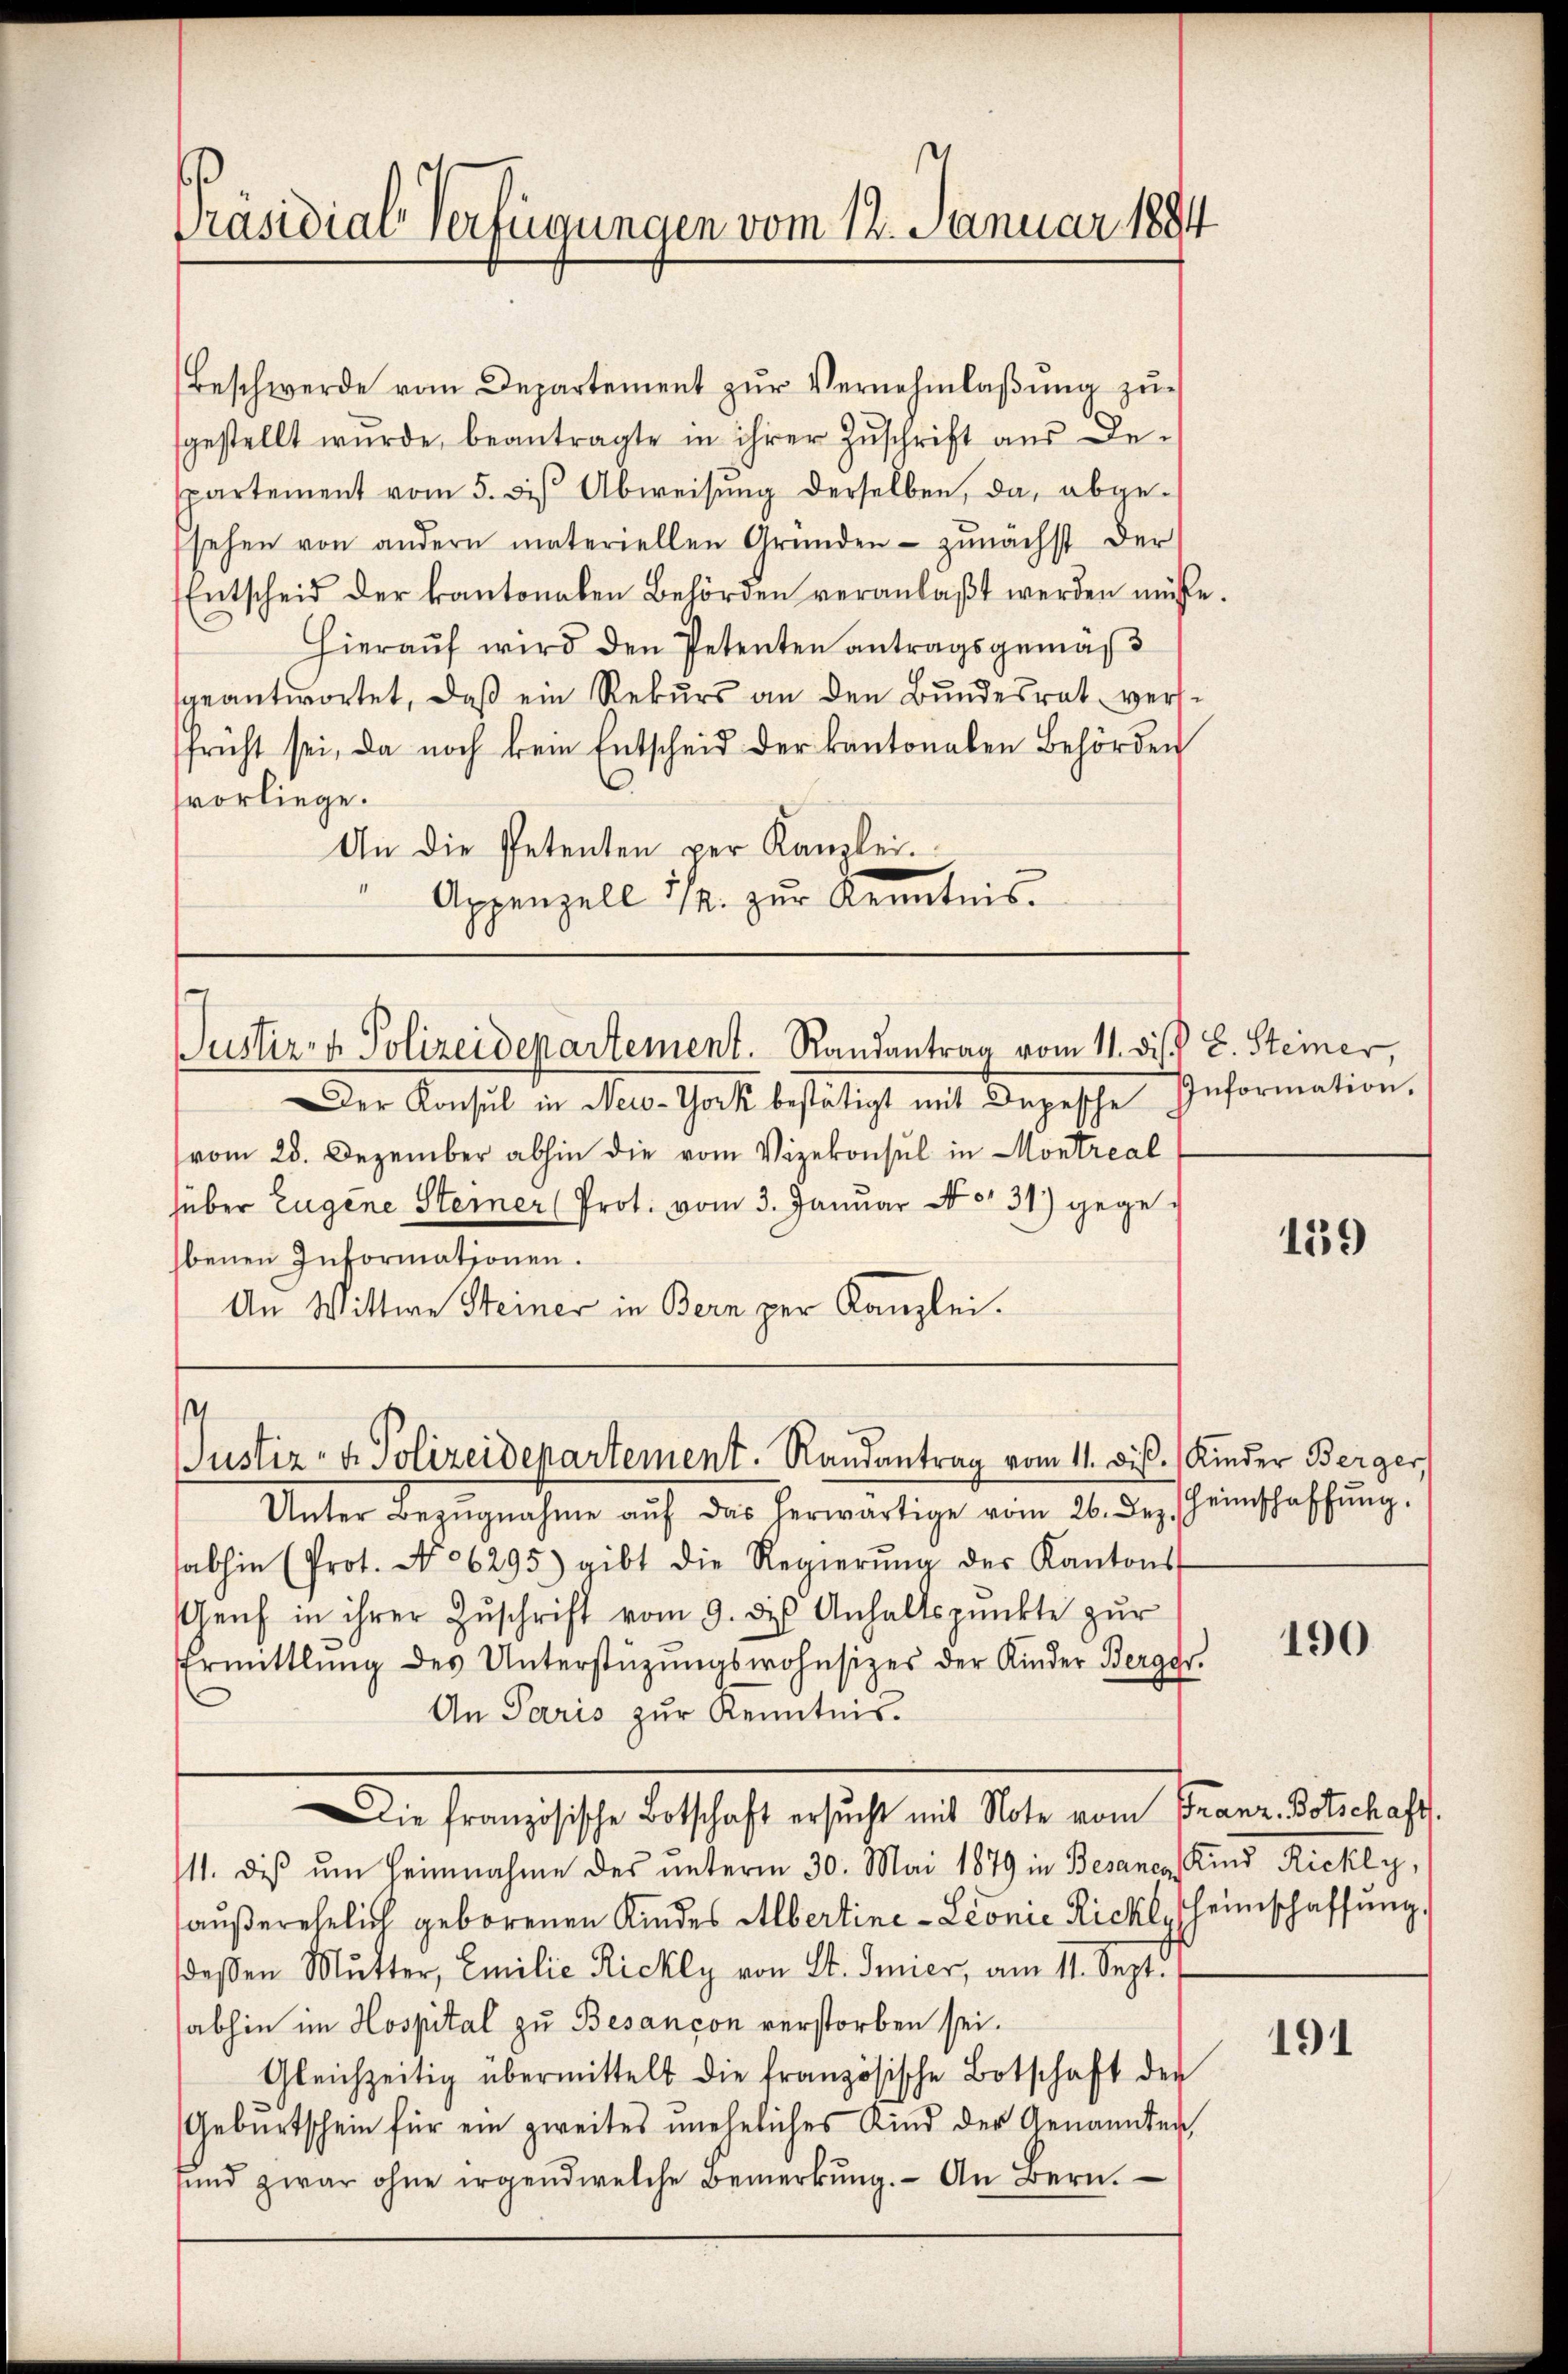
Beschwerde vom Departement zŭr Vernehmlaßung zu-
gestellt wurde, beantragte in ihrer Zŭschrift aus De-
spartement vom 5. diβ Abweisŭng derselben, da, abge-
sehen von andern materiellen Gründen - zunächst der
Entscheid der kantonalen Behörden veranlaβt werden müsse.
 Hieraŭf wird den Petenten antragsgemäβ
geantwortet, daβ ein Rekŭrs an den Bŭndesrat verse
früht sei, da noch kein Entscheid der kantonalen Behörden
vorliege.
An die Petenten per Kanzlei.
Appenzell 1/4 zur Kenntnis.

Präsidial-Verfügungen vom 14. Januar 1884

Justiz- & Polizeidepartement. Randantrag vom 11. dis. L. Steiner

Der Konsul in New-York bestätigt mit Depesche Information,
vom 28. Dezember abhin die vom Vizekonsul in Montreal
hüber Eugene Sterner (Prot. vom 3. Januar No. 31) gegebenen Informationen.
An Wittwe Steiner in Bern per Kanzlei.

s
Justiz- & Polizeidepartement. Randantrag vom 11. Die Kinder Berger,

Unter Bezugnahme auf das herwärtige vom 20. des
abhin (Prot. No 6295) gibt die Regierŭng der Kantons
Genf in ihrer Zŭschrift vom 9. des Anhaltspunkte zŭr
Ermittlung des Unterstützŭngswohnsitzes der Kinder Berggr.
An Paris zur Kenntnis.
/11. dis um heimnahme des unterm 30. Mai 1879 in Besanes Kind Rickly,
außerehelich geborenen Kindes Albertine - Leonie Richt, Heimschaffung,
dessen Mutter, Emilie Rickly von St. Feier, am 11. Sept.
abhin im Hospital zu Besançon verstorben sei.
Gleichzeitig übermittelt die französische Botschaft der
Geburtschein für ein zweites uneheliches Kind der Genannten,
sund zwar ohne irgendwelche Bemerkŭng. An Bern.

ie französische Botschaft ersucht mit Note vom Franz. Botschaft.

159

Heimschaffung.

190

191